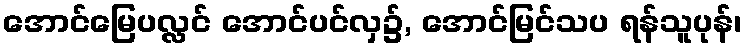
အောင်မြေပလ္လင် အောင်ပင်လှ၌, အောင်မြင်သပ ရန်သူပုန်၊